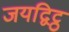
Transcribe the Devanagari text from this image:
जयद्विट्ठ